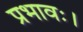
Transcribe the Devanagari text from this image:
प्रभावः।